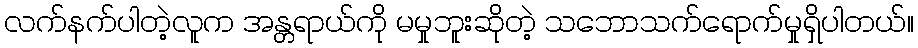
လက်နက်ပါတဲ့လူူက အန္တရာယ်ကို မမှုဘူးဆိုတဲ့ သဘောသက်ရောက်မှုရှိပါတယ်။